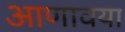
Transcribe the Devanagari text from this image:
आणावया